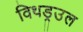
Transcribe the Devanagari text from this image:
विथड्रउल